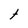
Character: t